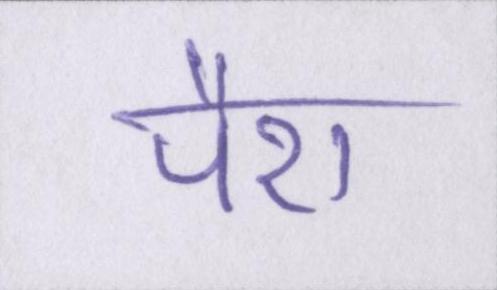
पैरा